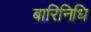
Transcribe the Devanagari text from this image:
बारिनिधि